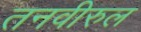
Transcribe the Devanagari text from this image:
तनवीरुल